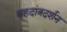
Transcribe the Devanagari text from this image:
बृहदांत्रदर्शन